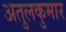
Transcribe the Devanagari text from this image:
अतुलकुमार